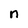
Character: n